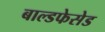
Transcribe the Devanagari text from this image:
बाल्डफेसेड